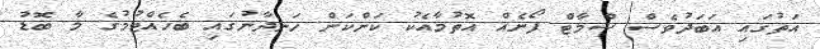
އަތުގައި އަބަދުވެސް ސްމާޓް ފޯނެއް އޮތުމާއެކު ކަންކަން ހަނދާނުގައި ބެހެއްޓުމުގެ މާ ބޮޑު